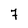
Character: 7